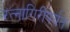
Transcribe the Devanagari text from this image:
रत्‍नागिरीपर्यंत